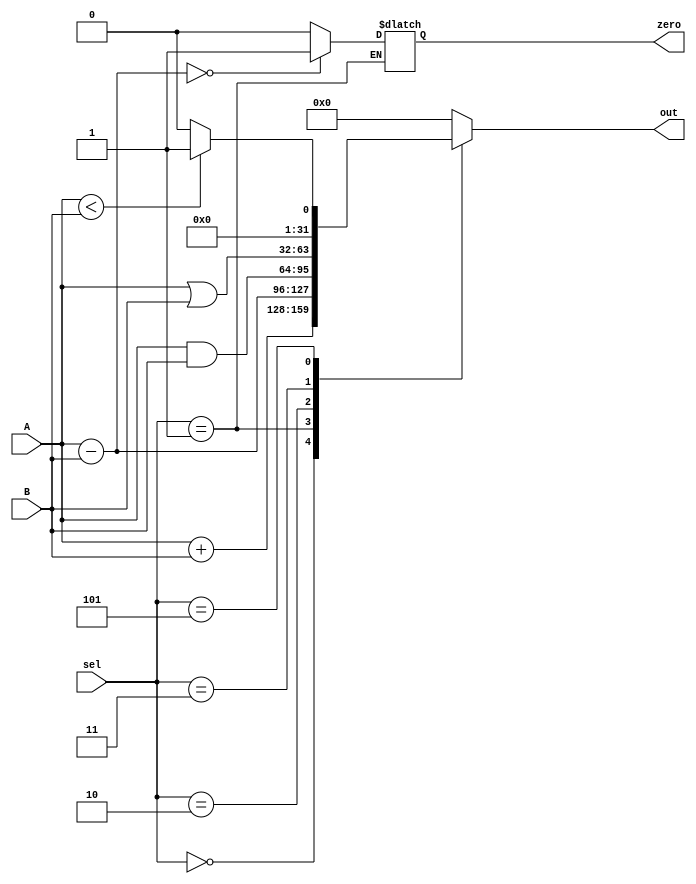
`timescale 1ns / 1ps
//////////////////////////////////////////////////////////////////////////////////
// Company: 
// Engineer: 
// 
// Design Name: 
// Module Name: ALU
// Project Name: 
// Target Devices: 
// Tool Versions: 
// Description: 
// 
// Dependencies: 
// 
// Revision:
// Revision 0.01 - File Created
// Additional Comments:
// 
//////////////////////////////////////////////////////////////////////////////////


module ALU (
  input       [31:0] A,
  input       [31:0] B,
  input       [2:0] sel,
  output reg       zero,
  output reg  [31:0] out
  );

  always@(*)
  begin
                  case(sel)
                            3'b000 : out = A + B;                 //Add
                            3'b001 :                              //sub
                             begin
                                     out = A - B; 
                                     if(out == 'b0)           //Zero flag is asserted
                                        zero =1'b1;
                                      else
                                        zero =1'b0;
                             end                
                            3'b010 : out = A & B;                 //And
                            3'b011 : out = A | B;                 //OR
                            3'b101 : out = (A < B ) ? 1 : 0;      //slt (set less than)
                          default : out = 'b0 ;
        
                  endcase 
   end
endmodule